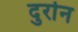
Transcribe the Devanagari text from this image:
दुर्रान